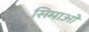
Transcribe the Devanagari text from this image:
सिमाओ